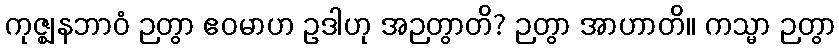
ကုဇ္ဈနဘာဝံ ဉတွာ ဧဝမာဟ ဥဒါဟု အဉတွာတိ? ဉတွာ အာဟာတိ။ ကသ္မာ ဉတွာ